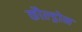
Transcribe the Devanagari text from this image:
कौल्ड्रोन